Bombay plague: being a history of the progress of plague in the Bombay presidency from September 1896 to June 1899
Year: 1896
Disease focus: Plague
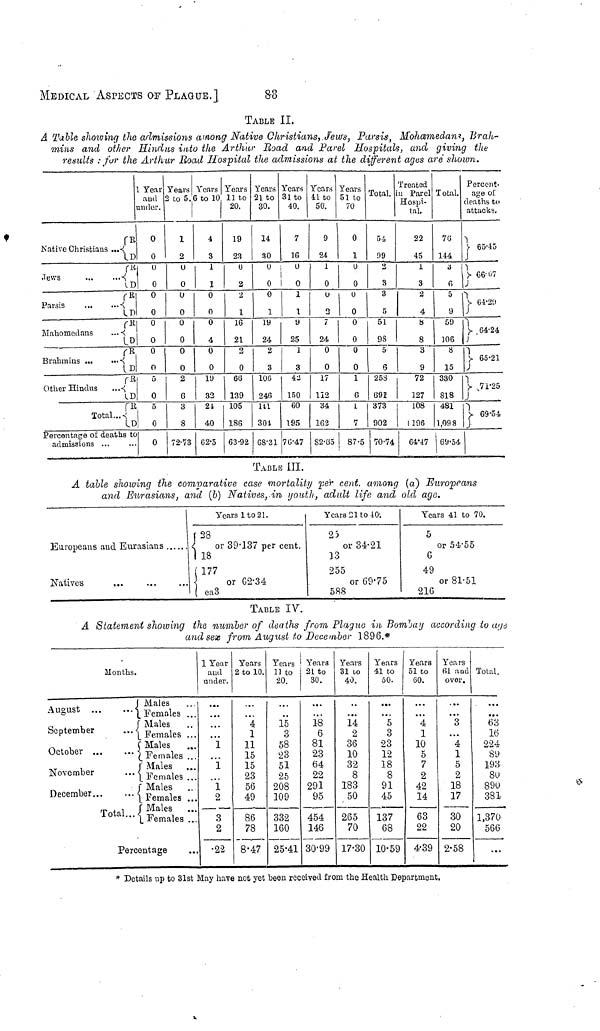
MEDICAL ASPECTS OF PLAGUE.]
88
TABLE II.
A Table showing the admissions among Native Christians, Jews, Parsis, Mohamedans, Brah-
mins and other Hindus into the Arthur Road and Parel Hospitals, and giving the
results : for the Arthur Road Hospital the admissions at the different ages aré shown.
Native Christians
Jews
Parsis ...
Mahomedans
Brahmins ...
Other Hindus
Tota
Percentage of deaths to
admissions ...
...
...
R
D
R
D
R
D
R
i D
R
D
R
D
R
D
1 Year
and
under.
0
0
u
0
0
0
0
0
0
0
5
0
o
0
0
Years
2 to 5.
1
2
υ
0
υ
0
0
0
0
0
2
6
3
8
72
. 73
Years
6 to 10
4
3
1
1
0
0
0
4
0
0
19
I 32
21
40
62
. 5
Years
11 to
20.
19
23
υ
2
2
1
16
21
2
0
66
139
105
186
63
. 92
Years
21 to
30.
14
30
υ
0
0
1
19
24
2
3
106
246
HL
304
68 . 31
Years
31 to
40.
7
16
i
U
I
0
1
1
y
25
1
3
42
150
60
195
76
. 47
Years
41 to
50.
9
24
1
0
υ
2
7
24
0
0
17
112
34
162
82
. 65
Years
51 to
70
0
1
υ
0
u
0
0
0
0
0
1
G
1
7
87
. 5
Total.
54
09
2
3
3
5
51
98
5
6
258
691
373
902
70
. 74
Treated
in Parel
Hospi-
tal.
22
45
1
3
2
4
8
8
3
9
72
127
108
1196
64
. 17
Total.
76
144
a
6
5
9
59
106
8
15
330
818
481
1,098
69
. 54
Percent-
age of
deaths to
attacks.
65
.
45
66·57
64
. 29
64
. 24
65
. 21
71
. 25
69
.
54
TABLE III.
A table showing the comparative case mortality per cent. among (a) Europeans
and Eurasians, and (b) Natives, in youth, adult life and old age.
Europeans and Eurasians
Natives ... ... ...
Years 1 to 21.
( 28
or 39 . 137 per cent.
1 18
177
or 02
. 34
( ea3
Years 21 to 40.
25
or 34 . 21
13
255
or 69 . 75
588
Years 41 to 70.
5
or 54 . 55
G
49
or 81 . 51
21G
TABLE IV.
A Statement showing the number of deaths from Plague in Bomban according to age
and sex from August to December 1896.*
Months.
August ...
...
September
October ...
November
December...
Total...
Males
Females
Males
Females
Males
Females
!" Males
1 Females
Males
Females
Γ Males
L Females
Percentage
...
...
...
• · »
...
1 Year
and
under.
• · ·
...
1
1
1
2
3
2
22
Years
2 to 10.
...
4
1
11
15
15
23
56
49
86
78
8 . 47
Years
11 to
20.
...
15
3
58
23
51
25
208
109
.. , .
332
160
25 . 41
Years
21 to
30.
...
13
6
81
23
64
22
291
95
454
146
30 . 99
Years
31 10
40.
...
14
2
36
10
32
8
183
50
265
70
17 . 30
Years
41 to
50.
• ··
5
3
23
12
18
8
91
45
137
68
10
.
59
Years
51 to
60.
...
4
1
10
5
7
2
42
14
63
22
4 . 39
Years
fil and
over.
...
3
...
4
1
5
2
18
17
30
20
2 . 58
Total.
...
...
63
16
224
89
193
80
890
381
1,370
566
...
* Details up to 31st May have not yet been received from the Health Department.